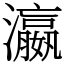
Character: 瀛